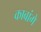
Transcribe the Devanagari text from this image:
काबांगे